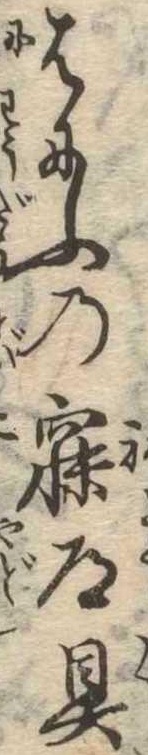
はにふの寐道具